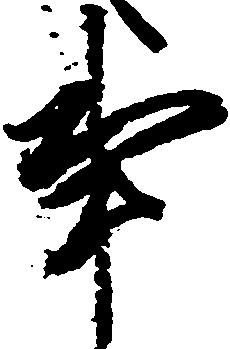
事